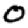
Digit: 0